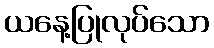
ယနေ့ပြုလုပ်သော